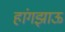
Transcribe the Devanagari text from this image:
हांगझाऊ